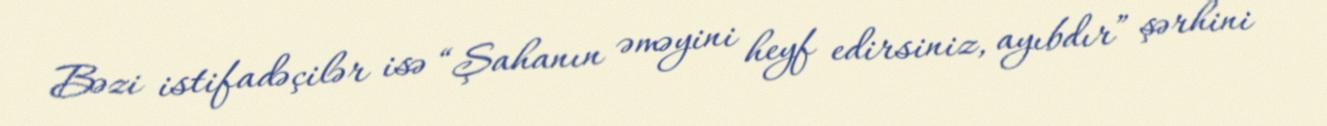
Bəzi istifadəçilər isə “Şahanın əməyini heyf edirsiniz, ayıbdır” şərhini